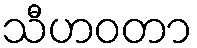
သီဟဝတာ